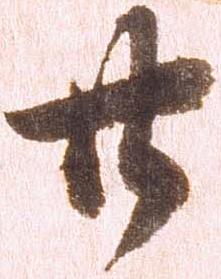
廿